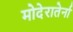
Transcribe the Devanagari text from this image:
मोदेरातेर्ना